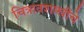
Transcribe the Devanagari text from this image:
चित्रावशास्त्रींचे